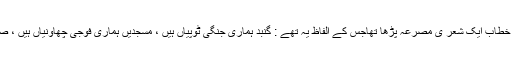
1997 میں رجب طیب اردوغان نے سیرت شہر کے ایک جلسہ عام میں دوران خطاب ایک شعر ی مصرعہ پڑھا تھاجس کے الفاظ یہ تھے : گنبد ہماری جنگی ٹوپیاں ہیں ، مسجدیں ہماری فوجی چھاؤنیاں ہیں ، صالح مسلمان ہمارے سپاہی ہیں ،کوئی دنیاوی طاقت ہمیں شکست نہیں دے سکتی۔